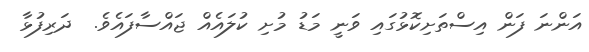
އަންނަ ފަން އިސްތަށިކޮޅުގައި ވަނީ މަޑު މުށި ކުލައެއް ޖައްސާފައެވެ.  ދަރިފުޅާ